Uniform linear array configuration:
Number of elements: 4
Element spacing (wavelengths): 0.75
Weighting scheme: binomial
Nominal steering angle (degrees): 30
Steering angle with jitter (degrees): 28.521
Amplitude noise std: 0.05
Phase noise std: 0.05

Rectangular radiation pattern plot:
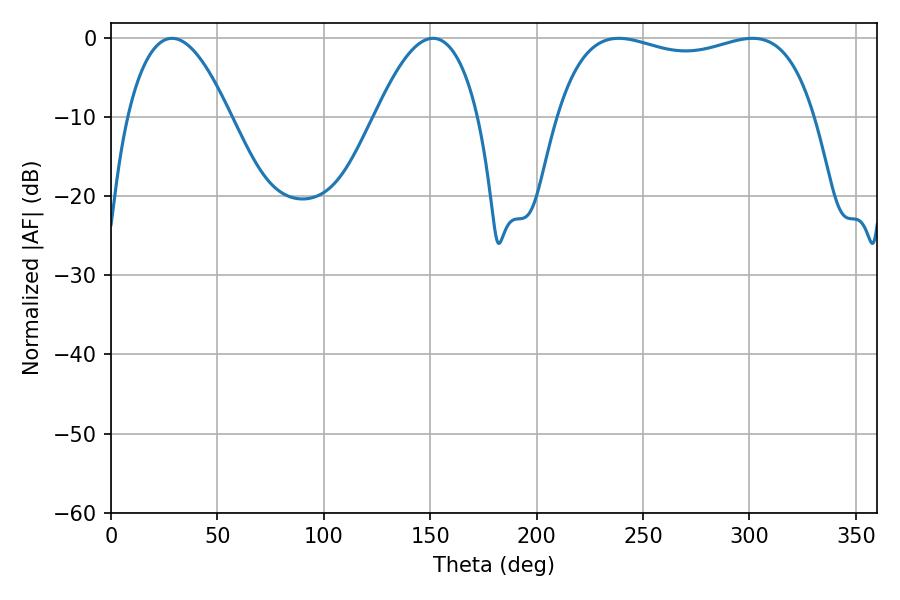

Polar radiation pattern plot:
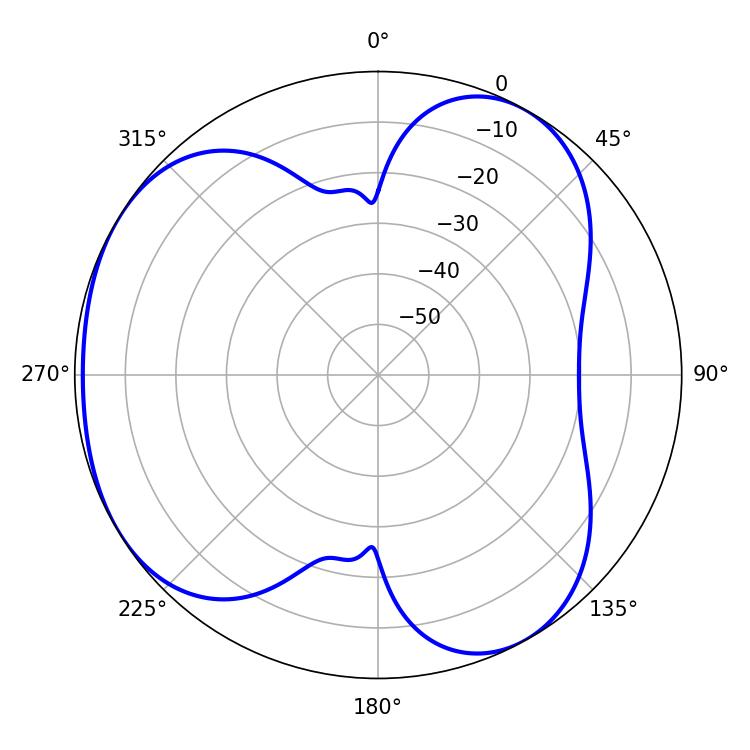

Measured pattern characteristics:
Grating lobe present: TRUE
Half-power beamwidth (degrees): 98.64
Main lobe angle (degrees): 238.5